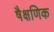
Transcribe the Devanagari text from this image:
षैक्षणिक